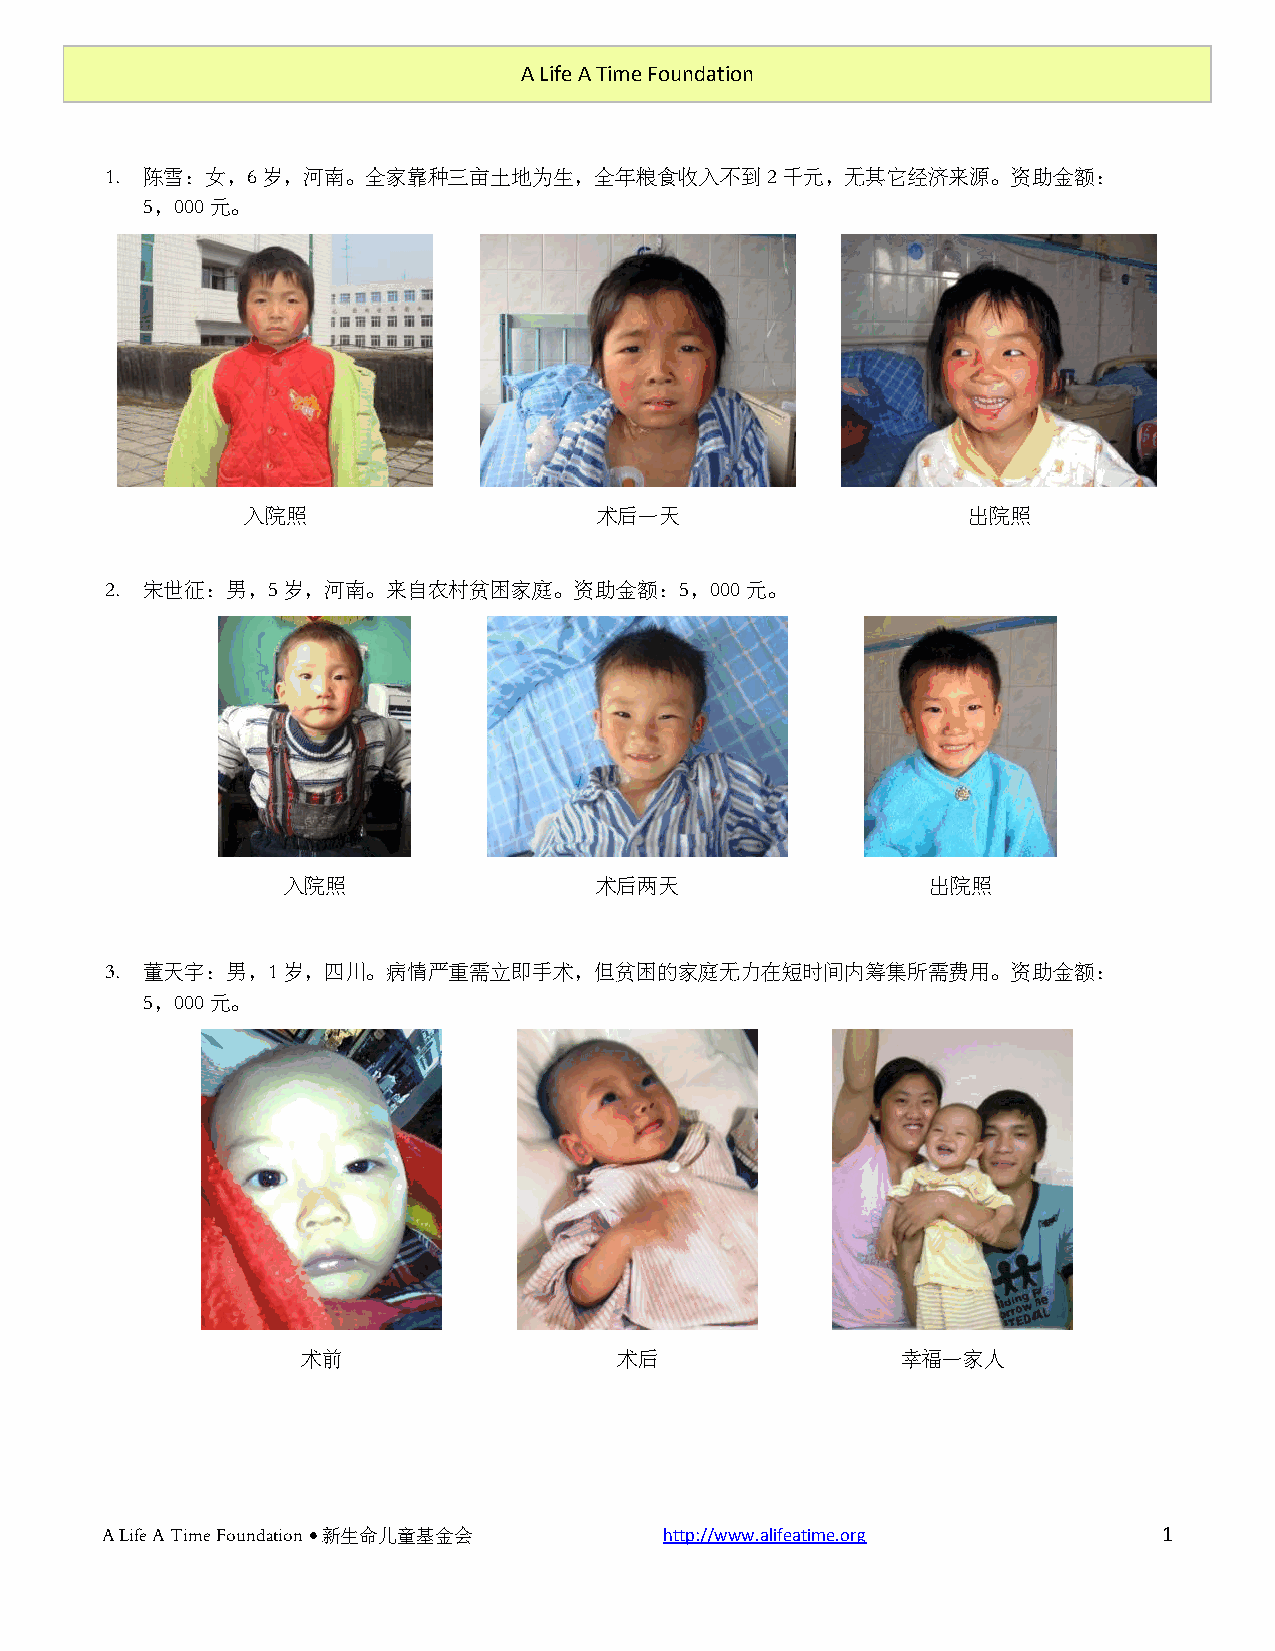
A Life A Time Foundation
 1. 陈雪：女，6岁，河南。全家靠种三亩土地为生，全年粮食收入不到2千元，无其它经济来源。资助金额：
 5，000元。
 入院照                     术后一天                    出院照
 2. 宋世征：男，5岁，河南。来自农村贫困家庭。资助金额：5，000元。
 入院照                 术后两天                   出院照
 3. 董天宇：男，1岁，四川。病情严重需立即手术，但贫困的家庭无力在短时间内筹集所需费用。资助金额：
 5，000元。
 术前                   术后                 幸福一家人
 A Life A Time Foundation  新生命儿童基金会  http://www.alifeatime.org        1